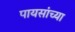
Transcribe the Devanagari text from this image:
पायसांच्या